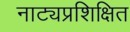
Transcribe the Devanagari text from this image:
नाट्यप्रशिक्षित